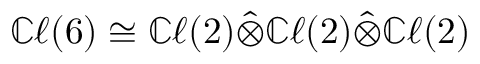
\mathbb { C } \ell ( 6 ) \cong \mathbb { C } \ell ( 2 ) \hat { \otimes } \mathbb { C } \ell ( 2 ) \hat { \otimes } \mathbb { C } \ell ( 2 )